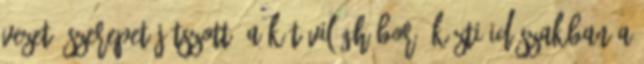
vezető szerepet játszott. A két világháború közti időszakban a